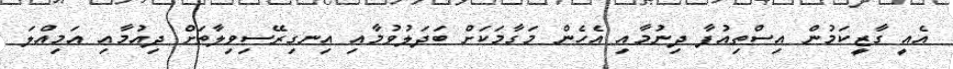
އެއީ ގާޒީކަމުން އިސްތިއުފާ ދިނުމާއި އެހެން މަގާމަކަށް ބަދަލުވުމާއި އިނގިރޭސިވިލާތަށް ދިއުމާއި އަމިއްލަ